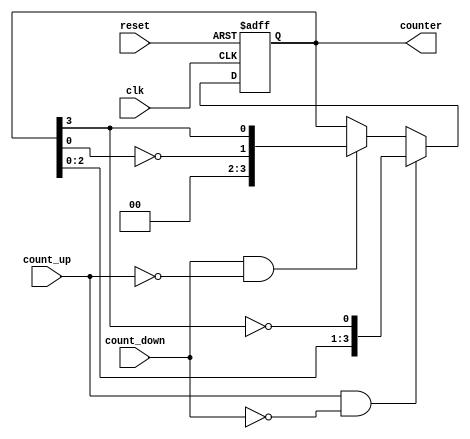
module bidirectional_johnson_counter(
    input wire clk,             // Clock input
    input wire reset,           // Reset input
    input wire count_up,        // Count up control signal
    input wire count_down,      // Count down control signal
    output reg [N-1:0] counter  // Counter output
);
    parameter N = 4; // Number of flip-flops, can be adjusted for different sizes

    // Internal signal for next state
    reg [N-1:0] next_state;

    // Sequential logic for the Johnson Counter
    always @(posedge clk or posedge reset) begin
        if (reset) begin
            counter <= 0; // Initialize counter on reset
        end
        else begin
            counter <= next_state; // Update counter with the next state
        end
    end

    // Combinational logic to determine the next state
    always @(*) begin
        if (count_up && !count_down) begin
            // Johnson counting upwards
            next_state = {counter[N-2:0], ~counter[N-1]}; // Shift left and input inverted last bit
        end
        else if (count_down && !count_up) begin
            // Johnson counting downwards
            next_state = {~counter[0], counter[N-1:N-1]}; // Invert first flip-flop and hold last flip-flop
        end
        else begin
            next_state = counter; // Hold current state if neither signal is active
        end
    end

endmodule